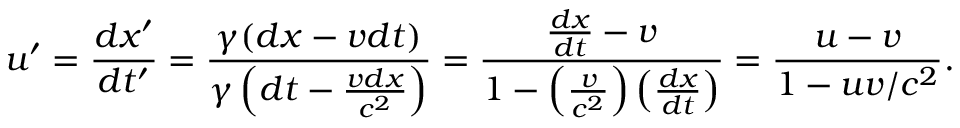
u ^ { \prime } = { \frac { d x ^ { \prime } } { d t ^ { \prime } } } = { \frac { \gamma ( d x - v d t ) } { \gamma \left( d t - { \frac { v d x } { c ^ { 2 } } } \right) } } = { \frac { { \frac { d x } { d t } } - v } { 1 - \left( { \frac { v } { c ^ { 2 } } } \right) \left( { \frac { d x } { d t } } \right) } } = { \frac { u - v } { 1 - u v / c ^ { 2 } } } .